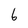
Character: b